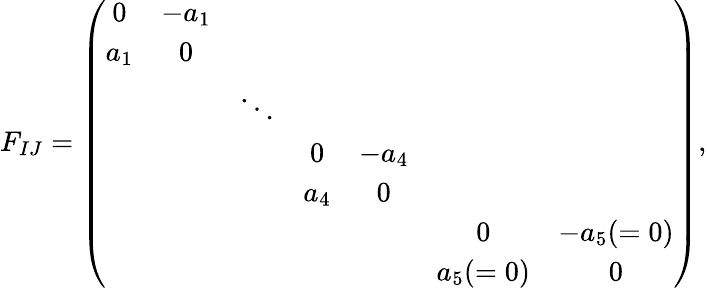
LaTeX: F_{IJ}=\left(\begin{array}{ccccccc}{{0}}&{{-a_{1}}}&{{}}&{{}}&{{}}&{{}}&{{}}\\ {{a_{1}}}&{{0}}&{{}}&{{}}&{{}}&{{}}&{{}}\\ {{}}&{{}}&{{\ddots}}&{{}}&{{}}&{{}}&{{}}\\ {{}}&{{}}&{{}}&{{0}}&{{-a_{4}}}&{{}}&{{}}\\ {{}}&{{}}&{{}}&{{a_{4}}}&{{0}}&{{}}&{{}}\\ {{}}&{{}}&{{}}&{{}}&{{}}&{{0}}&{{-a_{5}(=0)}}\\ {{}}&{{}}&{{}}&{{}}&{{}}&{{a_{5}(=0)}}&{{0}}\end{array}\right),